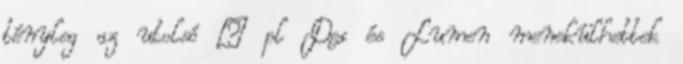
tényleg az utolsó – pl Dex és Lumen menekülhettek